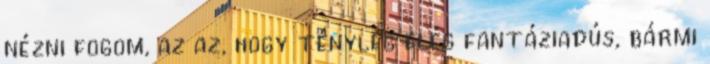
nézni fogom, az az, hogy tényleg elég fantáziadús, bármi